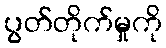
ပွတ်တိုက်မှုကို